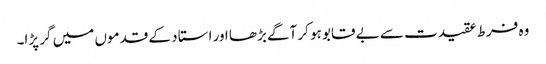
وہ فرط عقیدت سے بے قابو ہو کر آگے بڑھا اور استا د کے قدموں میں گر پڑا۔